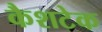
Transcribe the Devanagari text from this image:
कैशटेक